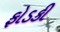
ફોડકી